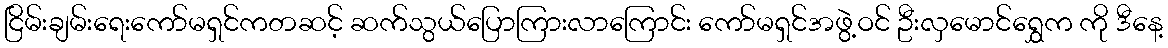
ငြိမ်းချမ်းရေးကော်မရှင်ကတဆင့် ဆက်သွယ်ပြောကြားလာကြောင်း ကော်မရှင်အဖွဲ့ဝင် ဦးလှမောင်ရွှေက ကို ဒီနေ့